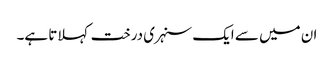
ان میں سے ایک سنہری درخت کہلاتا ہے۔